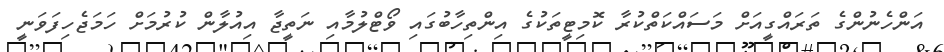
އަންހެނުންގެ ތަރައްގީއަށް މަސައްކަތްކުރާ ކޮމިޓީތަކުގެ އިންތިހާބުގައި ވޯޓްލުމާއި ނަތީޖާ އިއުލާން ކުރުމަށް ހަމަޖެހިފަވަނީ